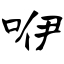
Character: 咿